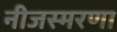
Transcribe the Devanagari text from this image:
नीजस्मरणा